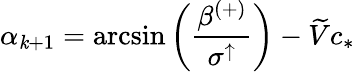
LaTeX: \alpha_{\mathit{k}+1}=\arcsin\left(\frac{{\beta^{(+)}}}{{\sigma^{\uparrow}}}\right)-\widetilde{{V}}c_{*}